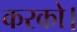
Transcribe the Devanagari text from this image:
करको।